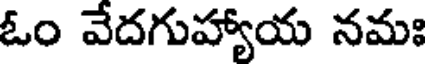
ఓం వేదగుహ్యాయ నమః